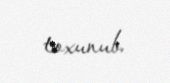
toxunub.